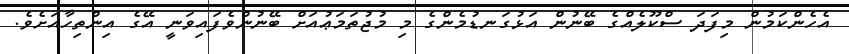
އެހެންކަމުން މިފަދަ ސްކޫލެއްގެ ބޭނުން އަޅުގަނޑުމެންގެ މި މުޖުތަމަޢުއަށް ބޭނުންވެފައިވަނީ އޭގެ އިންތިހާއަށެވެ.